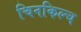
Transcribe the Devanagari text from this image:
चिनकिल्च